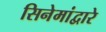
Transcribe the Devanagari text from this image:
सिनेमांद्वारे